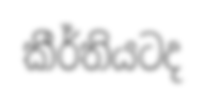
කීර්තියටද